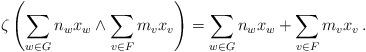
LaTeX: \begin{align*} \zeta\left(\sum_{w\in G} n_w x_w\wedge \sum_{v\in F} m_vx_v\right)=\sum_{w\in G} n_w x_w + \sum_{v\in F} m_vx_v \, . \end{align*}